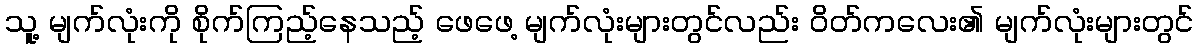
သူ့ မျက်လုံးကို စိုက်ကြည့်နေသည့် ဖေဖေ့ မျက်လုံးများတွင်လည်း ဝိတ်ကလေး၏ မျက်လုံးများတွင်